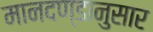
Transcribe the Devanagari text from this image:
मानदण्डानुसार